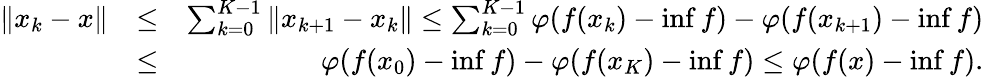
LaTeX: \begin{array}{rlr}{\Vert x_{k}-x\Vert}&{\leq}&{\sum_{k=0}^{K-1}\Vert x_{k+1}-x_{k}\Vert\leq\sum_{k=0}^{K-1}\varphi(f(x_{k})-\operatorname*{inf}f)-\varphi(f(x_{k+1})-\operatorname*{inf}f)}\\ &{\leq}&{\varphi(f(x_{0})-\operatorname*{inf}f)-\varphi(f(x_{K})-\operatorname*{inf}f)\leq\varphi(f(x)-\operatorname*{inf}f).}\end{array}